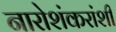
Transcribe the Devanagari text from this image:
नारोशंकरांशी